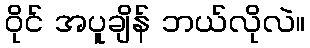
ဝိုင် အပူချိန် ဘယ်လိုလဲ။